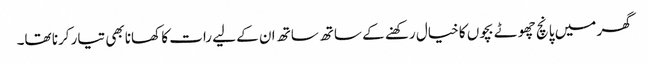
گھر میں پانچ چھوٹے بچوں کا خیال رکھنے کے ساتھ ساتھ ان کے لیے رات کا کھانا بھی تیار کرنا تھا۔